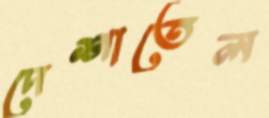
দেশাতেল